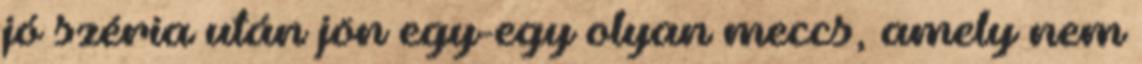
jó széria után jön egy-egy olyan meccs, amely nem